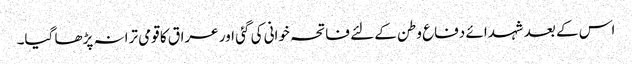
اس کے بعد شہدائے دفاع وطن کے لئے فاتحہ خوانی کی گئی اور عراق کا قومی ترانہ پڑھا گیا۔